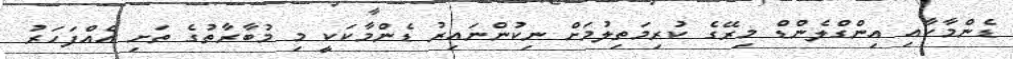
ޑެންމާކާއި އިންގްލެންޑް މިރޭގެ ކުރިމަތިލުމަށް ނިކުންނައިރު ޑެންމާކަކީ މި މުބާރާތުގެ ތަށި އެއްފަހަރު